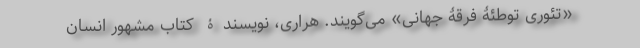
«تئوری توطئۀ فرقۀ جهانی» می‌گویند. هراری، نویسندۀ کتاب مشهور انسان